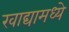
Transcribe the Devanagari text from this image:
खाद्यामध्ये